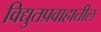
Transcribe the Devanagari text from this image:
विद्युतप्रवाहातील